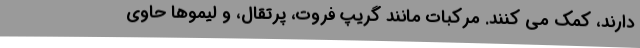
دارند، کمک می کنند. مرکبات مانند گریپ فروت، پرتقال، و لیموها حاوی